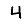
Digit: 4